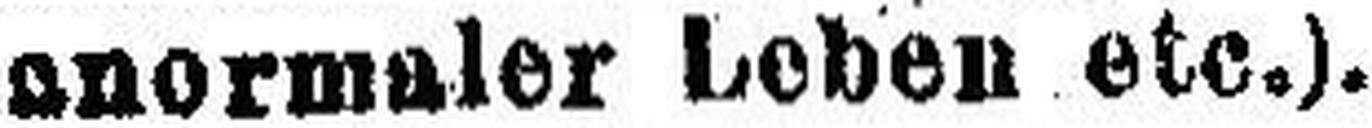
anormaler Leben etc.).